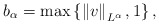
\begin{align*}b_{\alpha }=\max \left\{ \left\Vert v\right\Vert _{L^{\alpha }},1\right\} ,\end{align*}